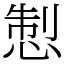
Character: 𢛁